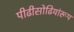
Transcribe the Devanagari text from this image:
पीढीसोढियांरूप